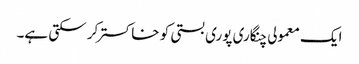
ایک معمولی چنگاری پوری بستی کو خاکستر کر سکتی ہے۔